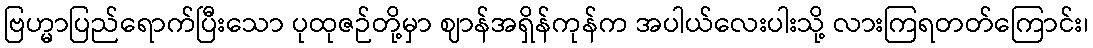
ဗြဟ္မာပြည်ရောက်ပြီးသော ပုထုဇဉ်တို့မှာ ဈာန်အရှိန်ကုန်က အပါယ်လေးပါးသို့ လားကြရတတ်ကြောင်း၊